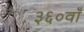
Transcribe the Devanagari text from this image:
३६०वाँ